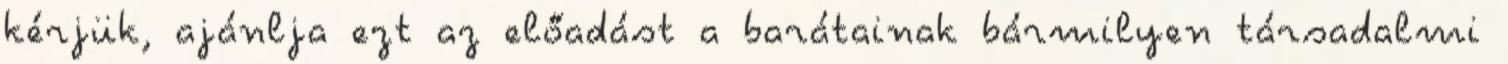
kérjük, ajánlja ezt az előadást a barátainak bármilyen társadalmi